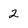
Character: 2